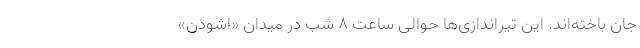
جان باخته‌اند. این تیراندازی‌ها حوالی ساعت ۸ شب در میدان «اشودن»